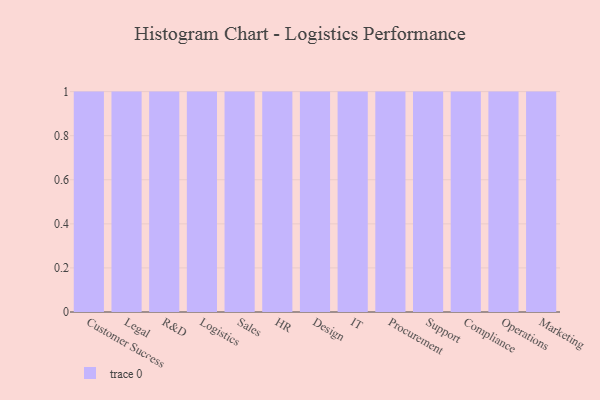
{"axis": {"x": "Department", "y": "Temperature (°C)"}, "legend": [""], "data": [{"x": "Customer Success", "y": 98, "type": ""}, {"x": "Legal", "y": 7, "type": ""}, {"x": "R&D", "y": 59, "type": ""}, {"x": "Logistics", "y": 54, "type": ""}, {"x": "Sales", "y": 92, "type": ""}, {"x": "HR", "y": 91, "type": ""}, {"x": "Design", "y": 28, "type": ""}, {"x": "IT", "y": 80, "type": ""}, {"x": "Procurement", "y": 35, "type": ""}, {"x": "Support", "y": 40, "type": ""}, {"x": "Compliance", "y": 73, "type": ""}, {"x": "Operations", "y": 40, "type": ""}, {"x": "Marketing", "y": 35, "type": ""}]}